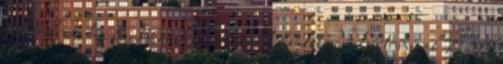
lett volna, ha 8:15. Llew: miért 8:15? Tudtommal 7:15